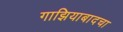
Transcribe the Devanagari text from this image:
गाझियाबादचा